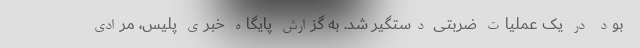
بود در یک عملیات ضربتی دستگیر شد. به گزارش پایگاه خبری پلیس، مرادی